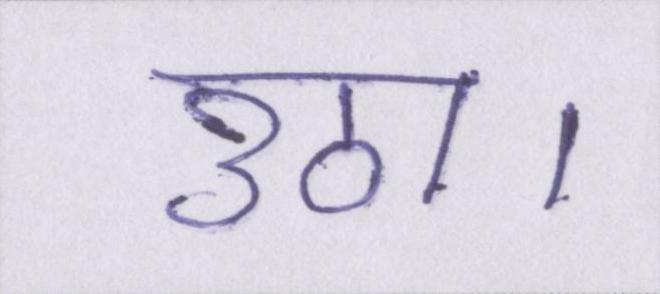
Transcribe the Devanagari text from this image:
उठा।